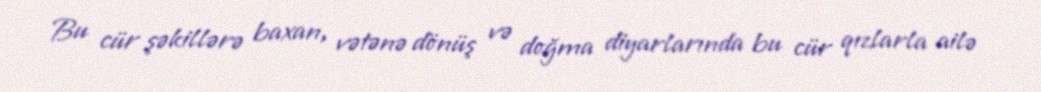
Bu cür şəkillərə baxan, vətənə dönüş və doğma diyarlarında bu cür qızlarla ailə